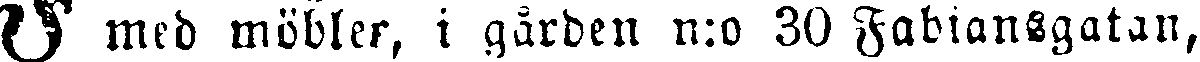
I med möbler, i gården n:o 30 Fabiansgatan,